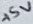
Text: +5V